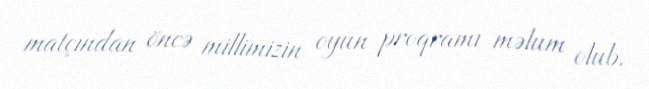
matçından öncə millimizin oyun proqramı məlum olub.